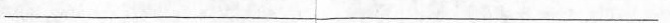
___